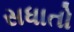
સધાતો